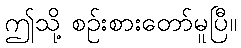
ဤသို့ စဉ်းစားတော်မူပြီ။